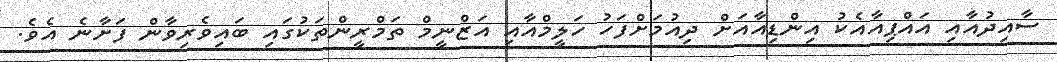
ސާއިދުއާއި އައްޕިއާއެކު އިންޑިއާއަށް ދިއުމަށްފަހު ހަލީމްއާއި އަޒްނީމް ތަމްރީންތަކުގައި ބައިވެރިވާން ފަށާނެ އެވެ.